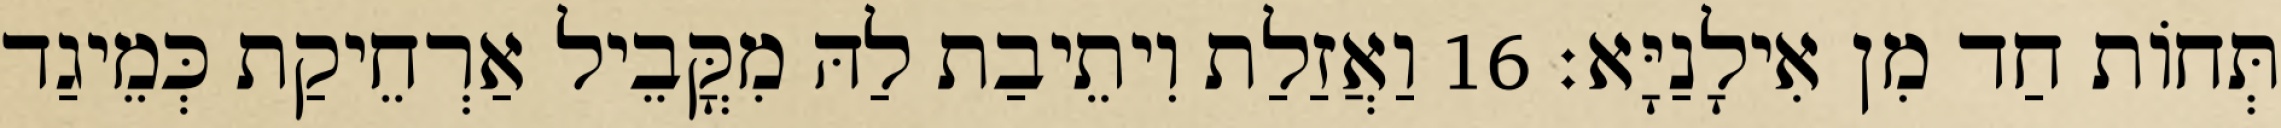
תְּחוֹת חַד מִן אִילָנַיָּא׃ 16 וַאֲזַלַת וִיתֵיבַת לַהּ מִקֳּבֵיל אַרְחֵיקַת כְּמֵיגַד